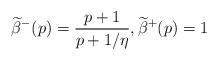
LaTeX: \begin{align*}\widetilde \beta^-(p)=\frac{p+1}{p+1/\eta},\widetilde \beta^+(p)=1\end{align*}